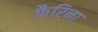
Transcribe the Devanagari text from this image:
फैरिना